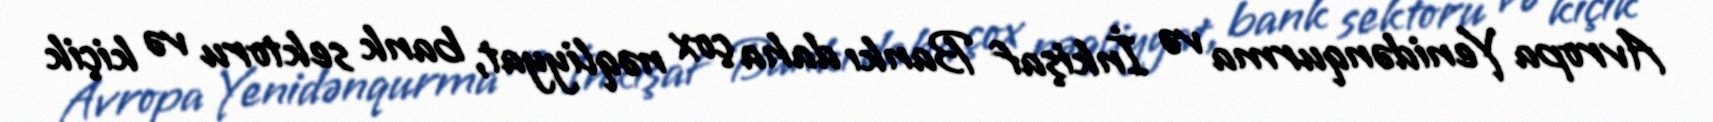
Avropa Yenidənqurma və İnkişaf Bankı daha çox nəqliyyat, bank sektoru və kiçik